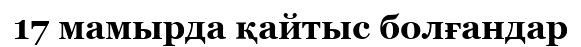
17 мамырда қайтыс болғандар